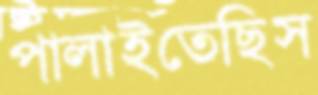
পালাইতেছিস